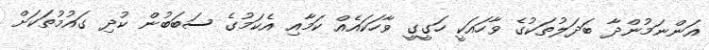
އަންނަމުންދާ ބަދަލުތަކުގެ ވާހައަކީ ހަގީގީ ވާހަކައެއް ކަމާއި އެކަމުގެ ސަބަބުން ކުދި ގައުމުތަކަށް